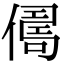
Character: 𠍻